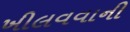
ખીલવવાની